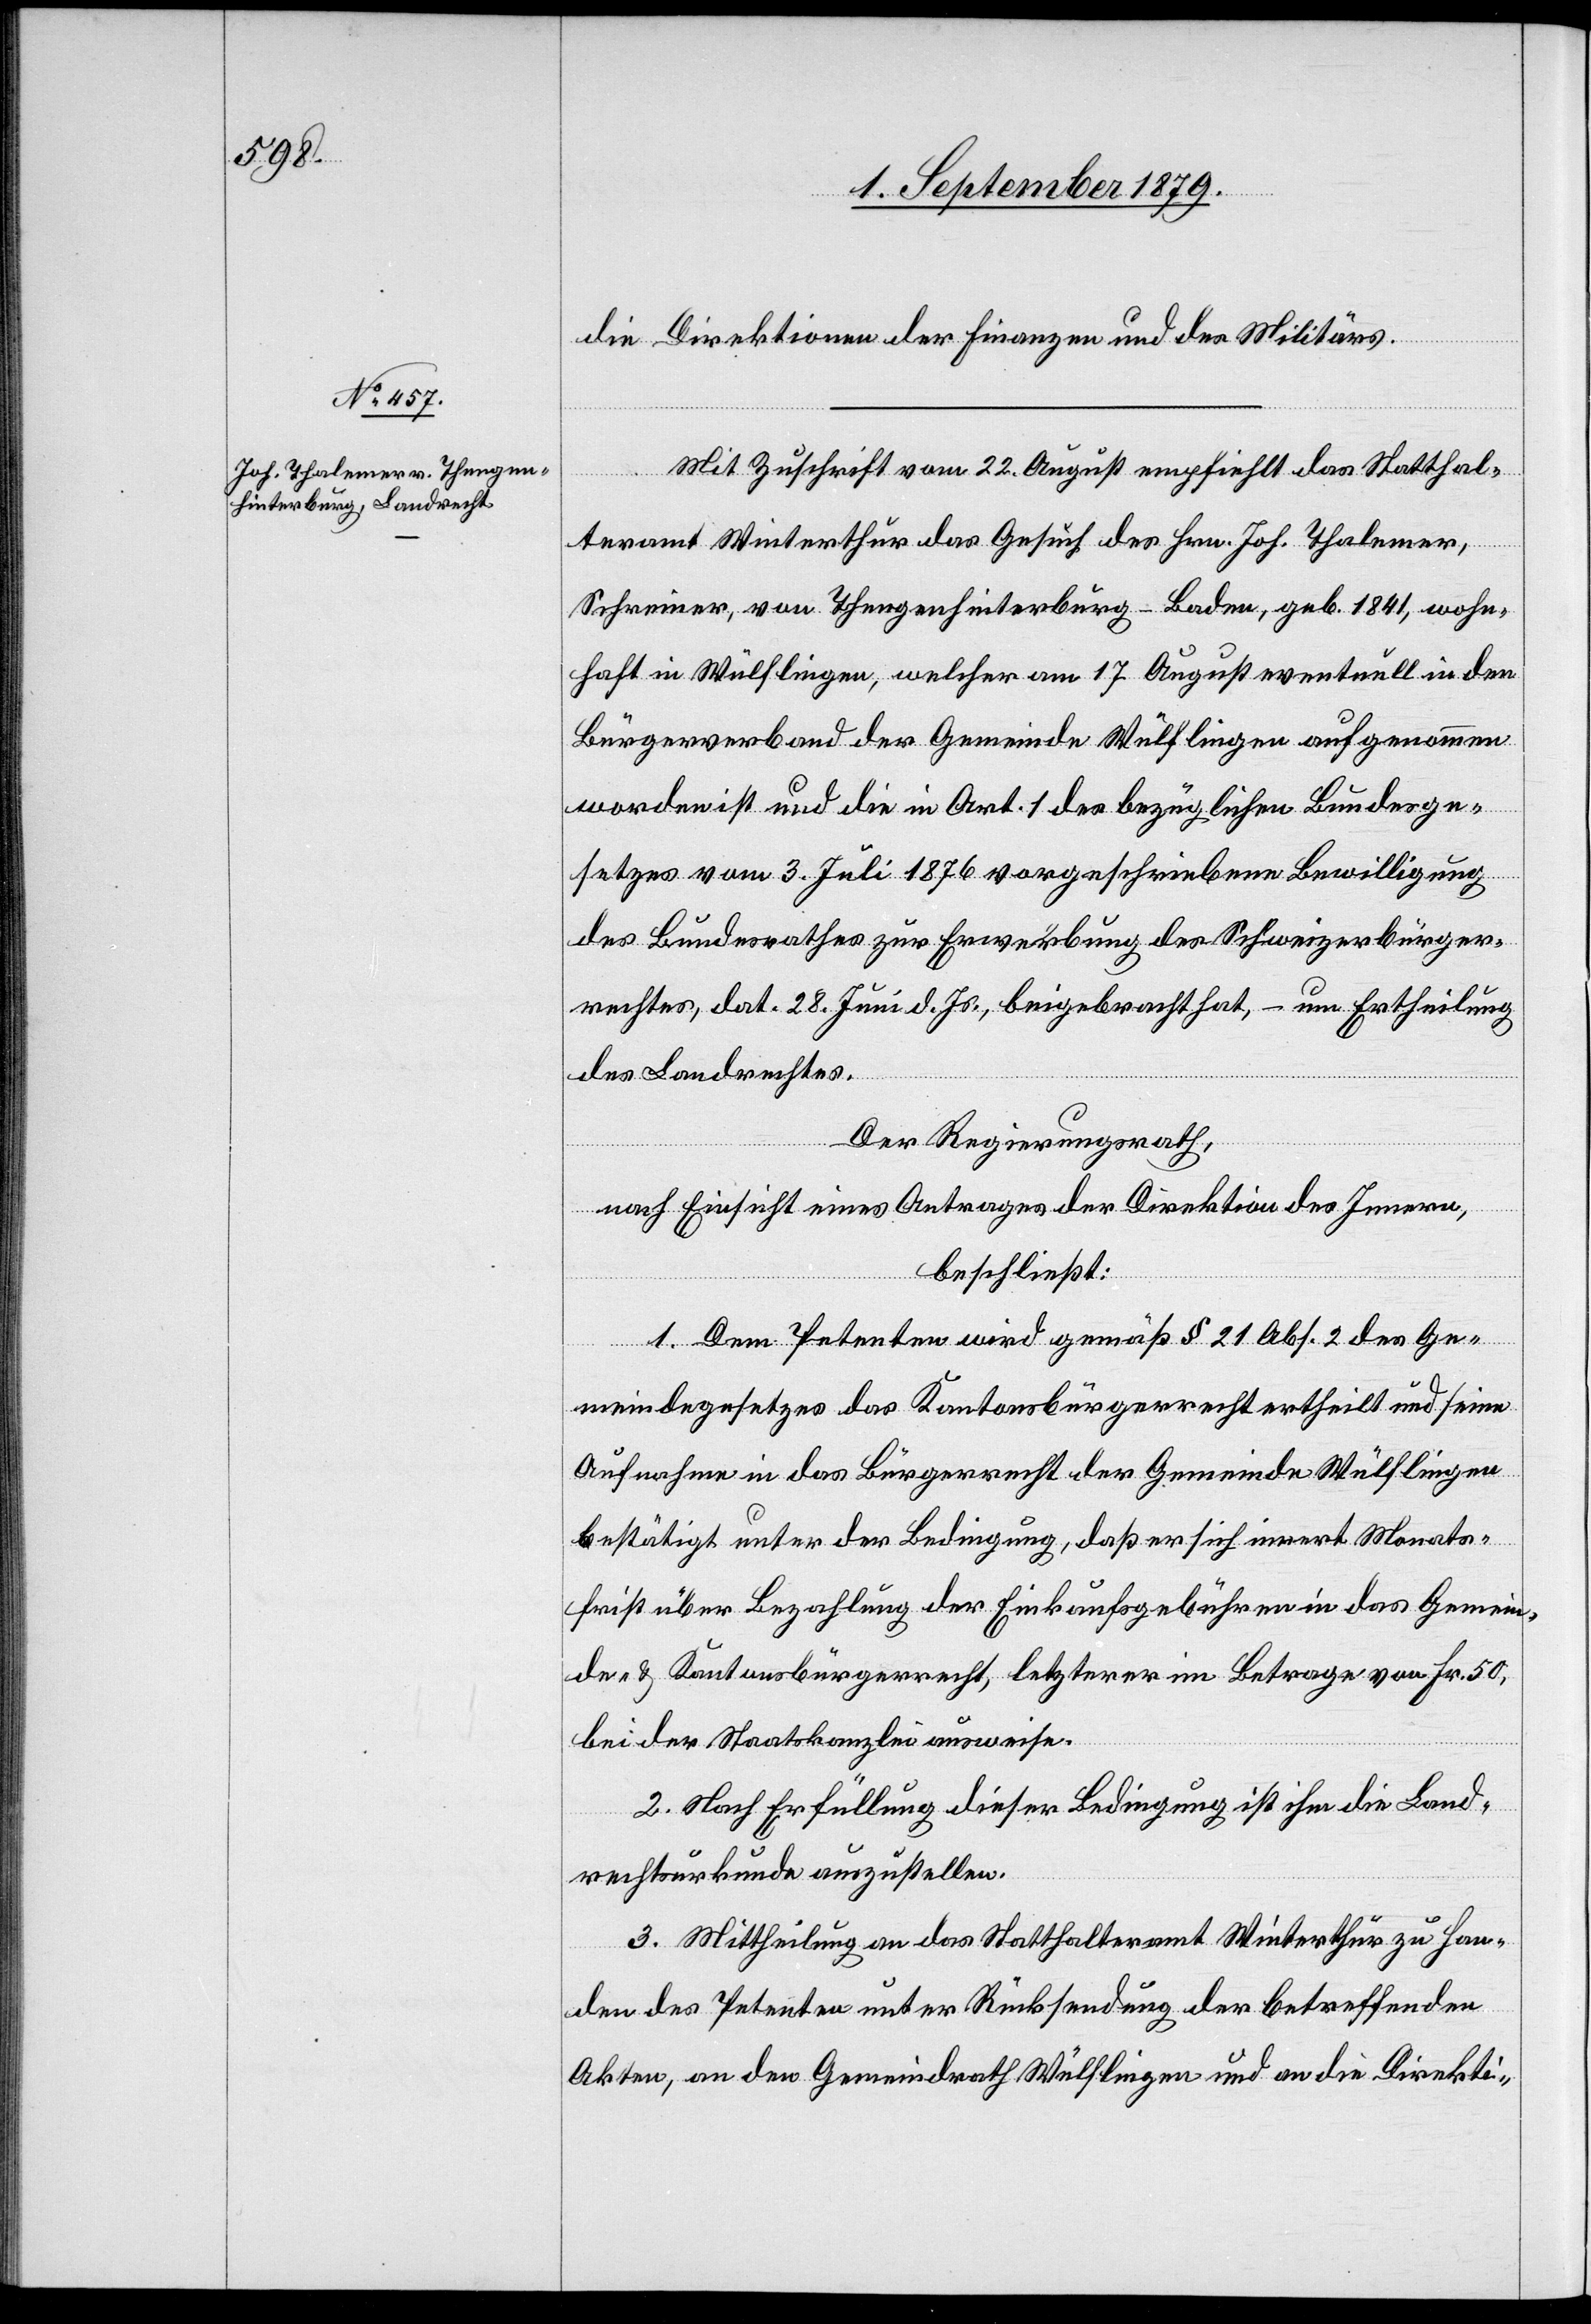
die Direktionen der Finanzen und des Militärs.
Mit Zuschrift vom 22. August empfiehlt das Statthal¬
teramt Winterthur das Gesuch des Hrn. Joh. Thalemer,
Schreiner, von Thengenhinterburg - Baden, geb. 1841, wohn¬
haft in Wülflingen, welcher am 17. August eventuell in den
Bürgerverband der Gemeinde Wülflingen aufgenommen
worden ist und die in Art. 1 des bezüglichen Bundesge¬
setzes vom 3. Juli 1876 vorgeschriebene Bewilligung
des Bundesrathes zur Erwerbung des Schweizerbürger¬
rechtes, dat. 28. Juni d. Js., beigebracht hat, – um Ertheilung
des Landrechtes.
Der Regierungsrath,
nach Einsicht eines Antrages der Direktion des Innern,
beschließt:
1. Dem Petenten wird gemäß § 21 Abs. 2 des Ge¬
meindegesetzes das Kantonsbürgerrecht ertheilt und seine
Aufnahme in das Bürgerrecht der Gemeinde Wülflingen
bestätigt unter der Bedingung, daß er sich innert Monats¬
frist über Bezahlung der Einkaufsgebühren in das Gemein¬
de- & Kantonsbürgerrecht, letzterer im Betrage von Fr. 50,
bei der Staatskanzlei ausweise.
2. Nach Erfüllung dieser Bedingung ist ihm die Land¬
rechtsurkunde auszustellen.
3. Mittheilung an das Statthalteramt Winterthur zu Han¬
den des Petenten unter Rücksendung der betreffenden
Akten, an den Gemeindrath Wülflingen und an die Direkti-